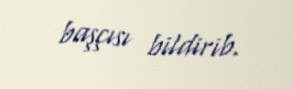
başçısı bildirib.